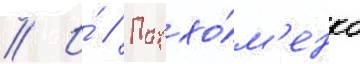
// И́ // Пархо́м'енко